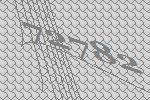
72782